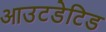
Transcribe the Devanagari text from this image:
आउटडेटिड